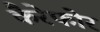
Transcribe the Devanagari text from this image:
कैरेफोर